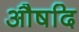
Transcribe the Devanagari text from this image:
औषदि